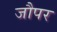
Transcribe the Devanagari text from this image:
जौपर